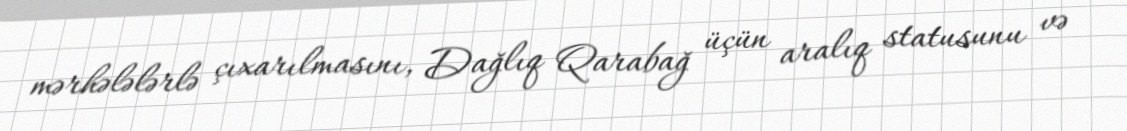
mərhələlərlə çıxarılmasını, Dağlıq Qarabağ üçün aralıq statusunu və